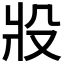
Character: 𰠎